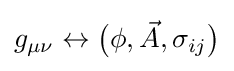
g_{\mu \nu }\leftrightarrow {\big (}\phi ,{\vec {A}},\sigma _{ij}{\big )}